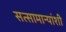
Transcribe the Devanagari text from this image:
सत्सामान्यांशी